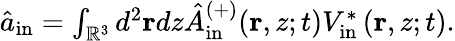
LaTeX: \begin{array}{r}{\hat{a}_{\mathrm{in}}=\int_{\mathbb{R}^{3}}d^{2}{\mathbf{r}}dz\hat{A}_{\mathrm{in}}^{(+)}(\mathbf{r},z;t)V_{\mathrm{in}}^{\ast}\left(\mathbf{r},z;t\right).}\end{array}